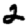
Digit: 2